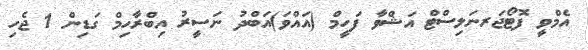
އެމްވީ ފޮޓޯޖަރނަލިސްޓް އަޝްވާ ފަހީމް (އައްވަ)އަބްދު ނަސީރު އިބްރާހިމް ގަޑިން 1 ޖެހި